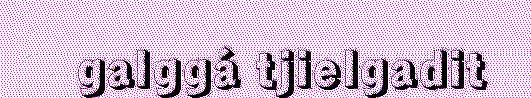
galggá tjielgadit